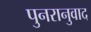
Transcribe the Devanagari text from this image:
पुनरानुवाद